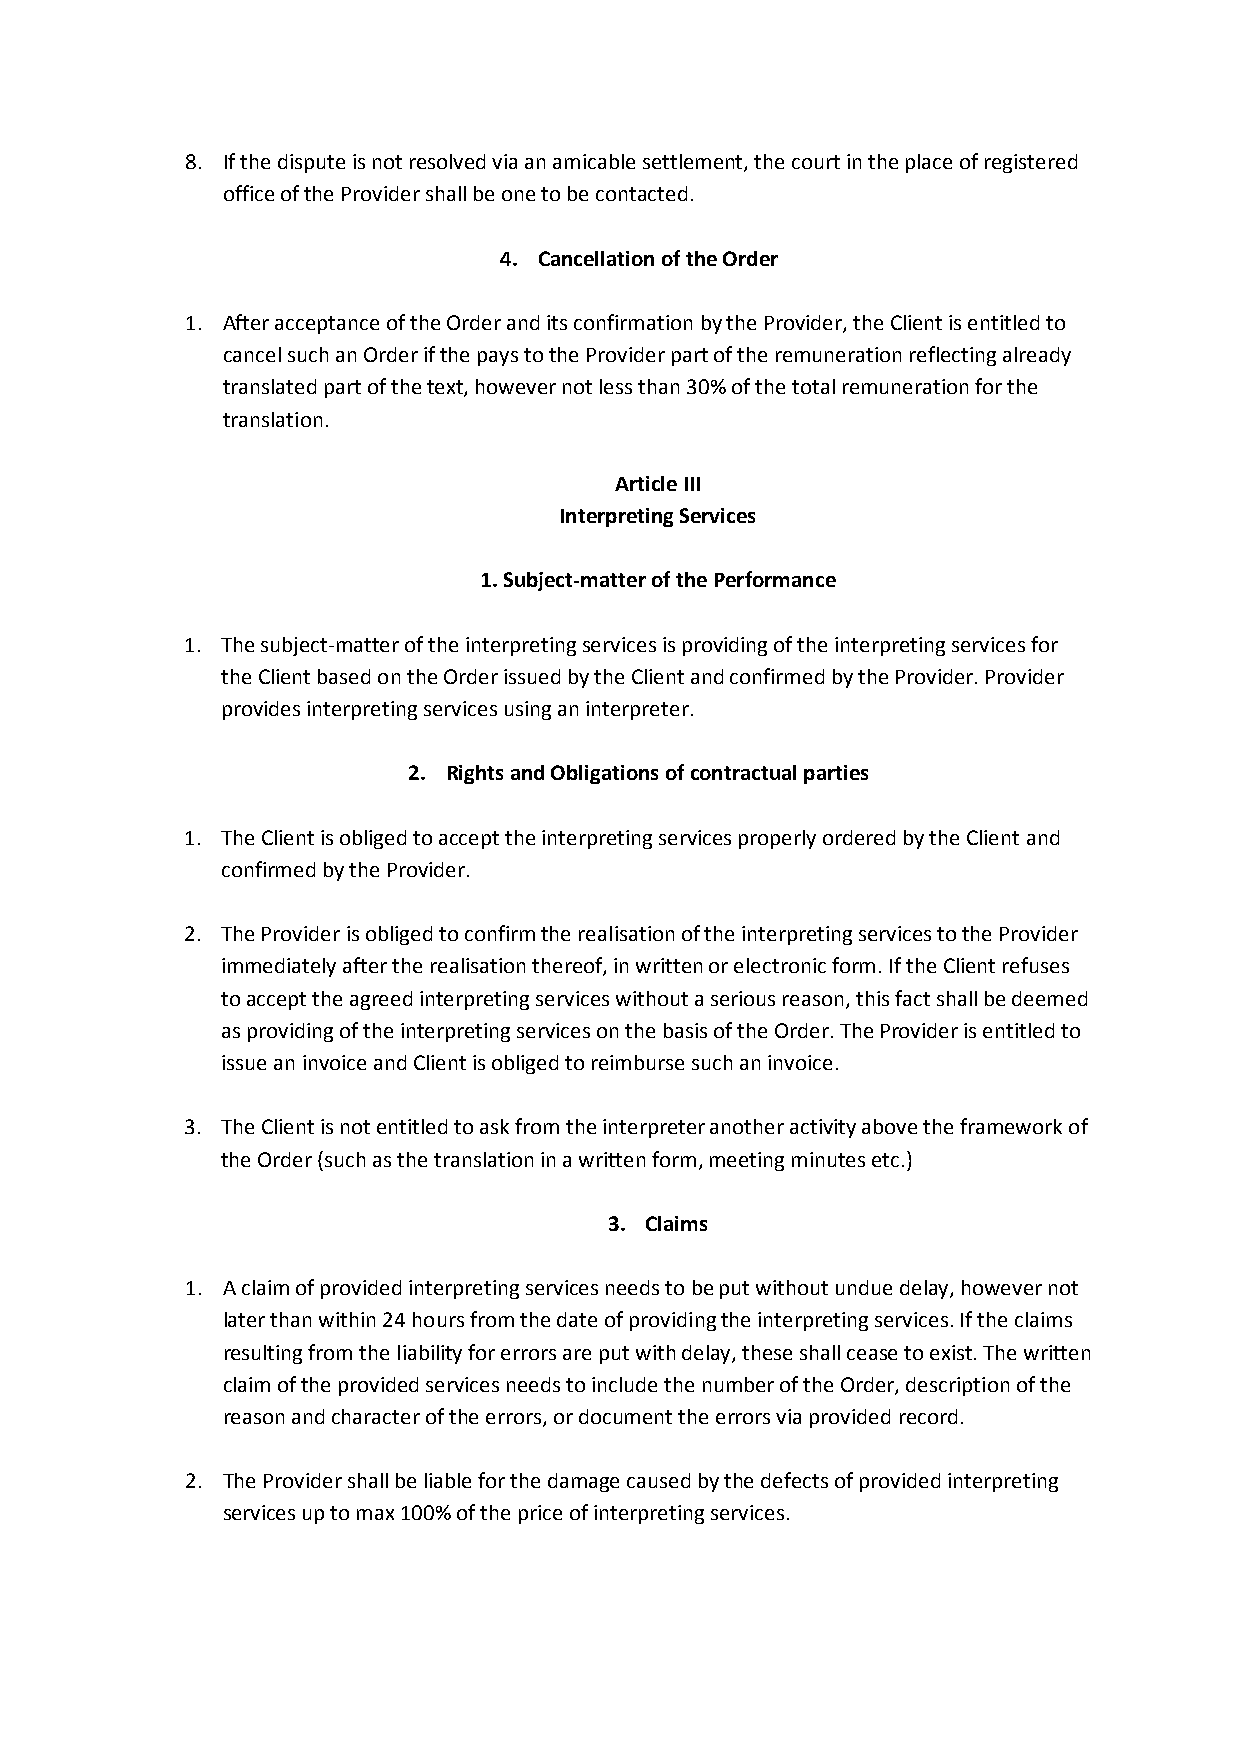
8. If the dispute is not resolved via an amicable settlement, the court in the place of registered
 office of the Provider shall be one to be contacted.
 4. Cancellation of the Order
 1. After acceptance of the Order and its confirmation by the Provider, the Client is entitled to
 cancel such an Order if the pays to the Provider part of the remuneration reflecting already
 translated part of the text, however not less than 30% of the total remuneration for the
 translation.
 Article III
 Interpreting Services
 1. Subject-matter of the Performance
 1. The subject-matter of the interpreting services is providing of the interpreting services for
 the Client based on the Order issued by the Client and confirmed by the Provider. Provider
 provides interpreting services using an interpreter.
 2. Rights and Obligations of contractual parties
 1. The Client is obliged to accept the interpreting services properly ordered by the Client and
 confirmed by the Provider.
 2. The Provider is obliged to confirm the realisation of the interpreting services to the Provider
 immediately after the realisation thereof, in written or electronic form. If the Client refuses
 to accept the agreed interpreting services without a serious reason, this fact shall be deemed
 as providing of the interpreting services on the basis of the Order. The Provider is entitled to
 issue an invoice and Client is obliged to reimburse such an invoice.
 3. The Client is not entitled to ask from the interpreter another activity above the framework of
 the Order (such as the translation in a written form, meeting minutes etc.)
 3. Claims
 1. A claim of provided interpreting services needs to be put without undue delay, however not
 later than within 24 hours from the date of providing the interpreting services. If the claims
 resulting from the liability for errors are put with delay, these shall cease to exist. The written
 claim of the provided services needs to include the number of the Order, description of the
 reason and character of the errors, or document the errors via provided record.
 2. The Provider shall be liable for the damage caused by the defects of provided interpreting
 services up to max 100% of the price of interpreting services.